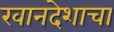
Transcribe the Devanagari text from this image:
खानदेशाचा